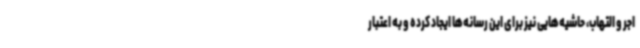
اجر و التهاب، حاشیه‌هایی نیز برای این رسانه‌ها ایجاد کرده و به اعتبار